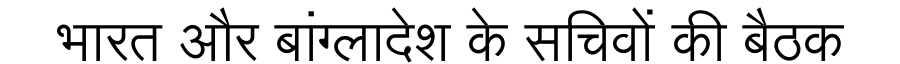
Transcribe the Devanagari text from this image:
भारत और बांग्लादेश के सचिवों की बैठक